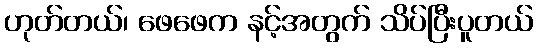
ဟုတ်တယ်၊ ဖေဖေက နင့်အတွက် သိပ်ပြီးပူတယ်